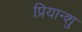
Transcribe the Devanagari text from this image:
प्रियान्शु